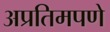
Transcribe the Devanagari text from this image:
अप्रतिमपणे